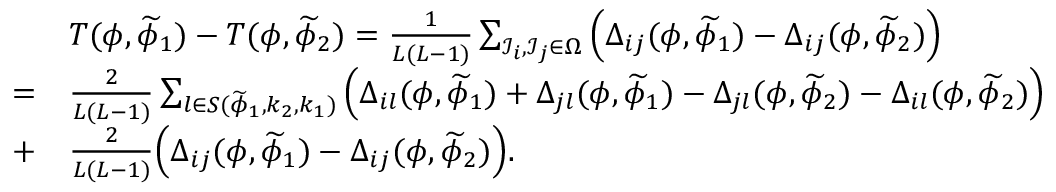
\begin{array} { r l } & { T ( \phi , \widetilde { \phi } _ { 1 } ) - T ( \phi , \widetilde { \phi } _ { 2 } ) = \frac { 1 } { L ( L - 1 ) } \sum _ { \mathcal { I } _ { i } , \mathcal { I } _ { j } \in \Omega } \Big ( \Delta _ { i j } ( \phi , \widetilde { \phi } _ { 1 } ) - \Delta _ { i j } ( \phi , \widetilde { \phi } _ { 2 } ) \Big ) } \\ { = } & { \frac { 2 } { L ( L - 1 ) } \sum _ { l \in S ( \widetilde { \phi } _ { 1 } , k _ { 2 } , k _ { 1 } ) } \Big ( \Delta _ { i l } ( \phi , \widetilde { \phi } _ { 1 } ) + \Delta _ { j l } ( \phi , \widetilde { \phi } _ { 1 } ) - \Delta _ { j l } ( \phi , \widetilde { \phi } _ { 2 } ) - \Delta _ { i l } ( \phi , \widetilde { \phi } _ { 2 } ) \Big ) } \\ { + } & { \frac { 2 } { L ( L - 1 ) } \Big ( \Delta _ { i j } ( \phi , \widetilde { \phi } _ { 1 } ) - \Delta _ { i j } ( \phi , \widetilde { \phi } _ { 2 } ) \Big ) . } \end{array}